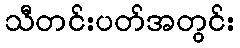
သီတင်းပတ်အတွင်း